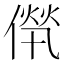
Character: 𠌻